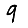
Digit: 9